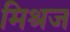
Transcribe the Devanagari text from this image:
मिश्रज